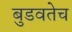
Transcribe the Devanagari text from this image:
बुडवतेच